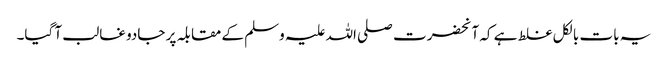
یہ بات بالکل غلط ہے کہ آنحضرت صلی اللہ علیہ وسلم کے مقابلہ پر جادو غالب آ گیا۔